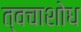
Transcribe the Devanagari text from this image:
त्वचाशोध